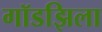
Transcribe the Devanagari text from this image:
गॉडझिला